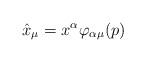
LaTeX: \begin{align*}\hat{x}_\mu=x^\alpha \varphi_{\alpha\mu}(p)\end{align*}